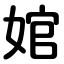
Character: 婠